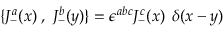
\{ J _ { - } ^ { a } ( x ) \; , \; J _ { - } ^ { b } ( y ) \} = \epsilon ^ { a b c } J _ { - } ^ { c } ( x ) \, \; \delta ( x - y )